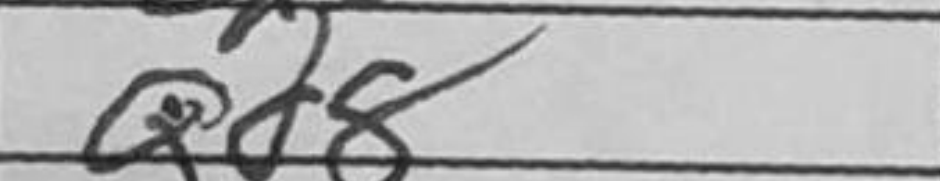
Transcription: Qd8